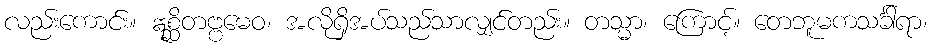
လည်းကောင်း။ ဣစ္ဆိတဗ္ဗမေဝ၊ အလိုရှိအပ်သည်သာလျှင်တည်း။ တသ္မာ၊ ကြောင့်။ တေဘူမကသင်္ခါရာ၊